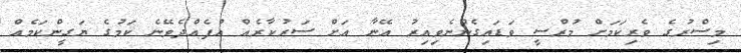
މިސްރުގެ ވެރިކަމަށް މުރްސީ ވަޑައިގެންނެވިއިރު އޭނާ އަށް ސަރުކާރެއް އުފެއްދެވޭނެ ކަމުގެ ޔަގީންކަމެއް